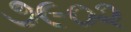
૭૯૦૨